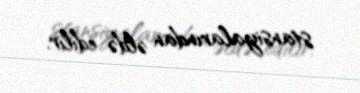
stansiyalarından əldə edilir.